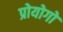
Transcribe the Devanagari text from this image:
प्रोयोगो